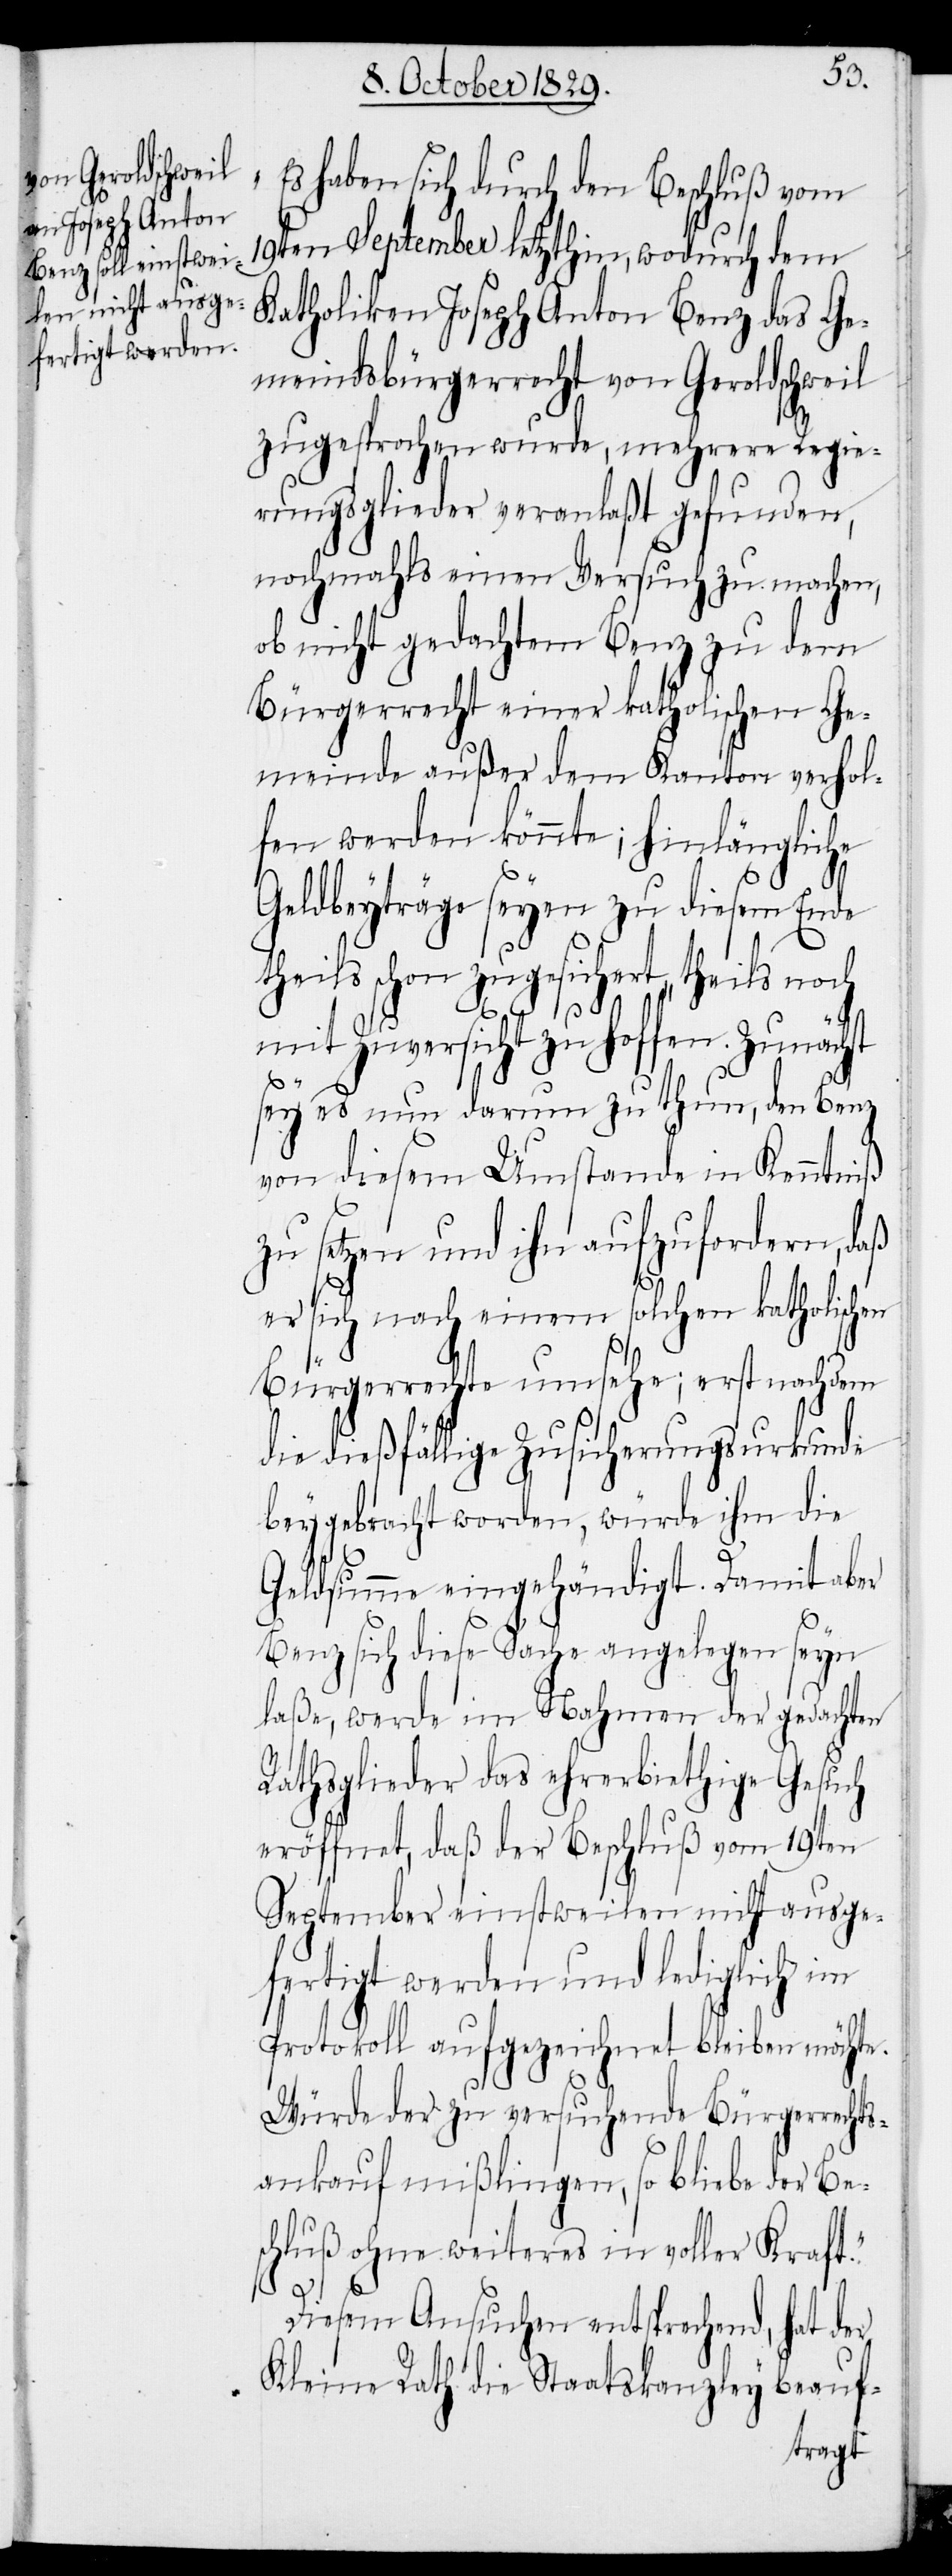
s haben sich durch den Beschluß vom
19ten September letzthin, wodurch dem
Katholiken Joseph Anton Benz des Ge¬
meindsbürgerrecht von Geroldschweil
zugesprochen wurde, mehrere Regie¬
rungsglieder veranlaßt gefunden,
nochmahls einen Versuch zu machen,
ob nicht gedachtem Benz zu dem
Bürgerrecht einer katholischen Ge¬
meinde außer dem Kanton verhol¬
fen werden könnte; hinlängliche
„E¬
Geldbeyträge seyen zu diesem Ende
theils schon zugesichert, theils noch
mit Zuversicht zu hoffen. Zunächst
sey es nun darum zu thun, den Benz
von diesem Umstande in Kenntniß
zu setzen und ihn aufzufordern, daß
er sich nach einem solchen katholischen
Bürgerrechte umsehe; erst nachdem
die dießfällige Zusicherungsurkunde
beygebracht worden, würde ihm die
Geldsumme eingehändigt. Damit aber
Benz sich diese Sache angelegen seyn
laße, werde im Nahmen der gedachten
Rathsglieder das ehrerbiethige Gesuch
eröffnet, daß der Beschluß vom 19ten
September einstweilen nicht ausge¬
fertigt werden und lediglich im
Protokoll aufgezeichnet bleiben möchte.
Würde der zu versuchende Bürgerrechts¬
ankauf mißlingen, so bliebe der Be¬
schluß ohne weiteres in voller Kraft.“
Diesem Ansuchen entsprechend, hat der
Kleine Rath die Staatskanzley beauf-